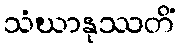
သံဃာနုဿတိံ